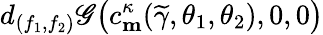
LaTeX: d_{(f_{1},f_{2})}\mathscr{G}\big(c_{\mathbf{m}}^{\kappa}(\widetilde{\gamma},\theta_{1},\theta_{2}),0,0\big)